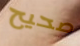
صحيح